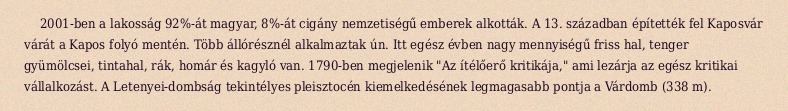
2001-ben a lakosság 92%-át magyar, 8%-át cigány nemzetiségű emberek alkották. A 13. században építették fel Kaposvár várát a Kapos folyó mentén. Több állórésznél alkalmaztak ún. Itt egész évben nagy mennyiségű friss hal, tenger gyümölcsei, tintahal, rák, homár és kagyló van. 1790-ben megjelenik "Az ítélőerő kritikája," ami lezárja az egész kritikai vállalkozást. A Letenyei-dombság tekintélyes pleisztocén kiemelkedésének legmagasabb pontja a Várdomb (338 m).